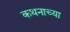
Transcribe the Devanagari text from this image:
कथनाच्या